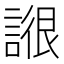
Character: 𧩺